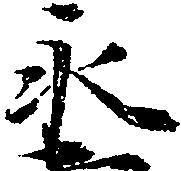
永